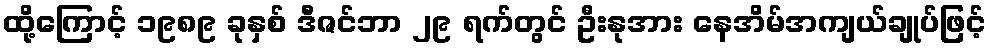
ထို့ကြောင့် ၁၉၈၉ ခုနှစ် ဒီဇင်ဘာ ၂၉ ရက်တွင် ဦးနုအား နေအိမ်အကျယ်ချုပ်ဖြင့်